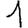
Digit: 1